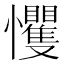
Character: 戄